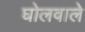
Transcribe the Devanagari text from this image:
घोलवाले